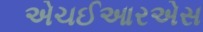
એચઈઆરએસ